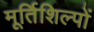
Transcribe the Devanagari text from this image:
मूर्तिशिल्पों